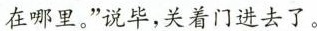
在哪里，我好去传！”那婆婆道：”其实不在家了，不知在哪里。”说毕，关着门进去了。